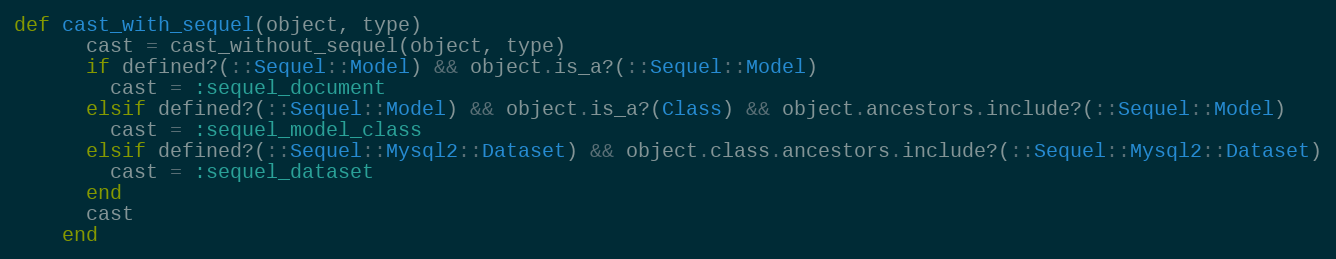
Language: Ruby
def cast_with_sequel(object, type)
      cast = cast_without_sequel(object, type)
      if defined?(::Sequel::Model) && object.is_a?(::Sequel::Model)
        cast = :sequel_document
      elsif defined?(::Sequel::Model) && object.is_a?(Class) && object.ancestors.include?(::Sequel::Model)
        cast = :sequel_model_class
      elsif defined?(::Sequel::Mysql2::Dataset) && object.class.ancestors.include?(::Sequel::Mysql2::Dataset)
        cast = :sequel_dataset
      end
      cast
    end